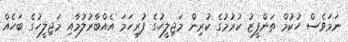
ނަމަވެސް ހުކުމް ތަންފީޒު ކުރުމުގެ ކުރިން މަޖިލީހުގެ ފުރިހަމަ އެއްބާރުލުމާއި މަޖިލީހުގެ ބަހެއް